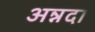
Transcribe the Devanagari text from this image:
अन्नदा